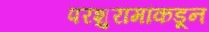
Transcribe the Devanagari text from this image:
परशुरामांकडून